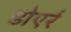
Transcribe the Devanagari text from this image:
डोएर्र